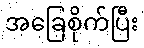
အခြေစိုက်ပြီး